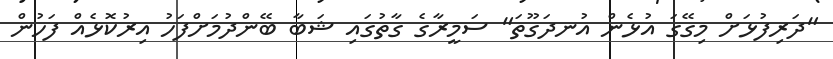
"ދަރިފުޅަށް މިގޭގަ އުޅެން އުނދަގޫތަ" ސަމީރާގެ ގާތުގައި ޝަބާ ބޭންދުމަށްފަހު އިރުކޮޅެއް ފަހުން